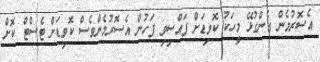
އެސޮރުމެން ގެންގުޅޭ މީހަކު ކޮވިޑަށް ފައްސިވި ފަހުން އެސޮރުމެންވެސް ކޮވިޑަށް ޓެސްޓް ކޮށް